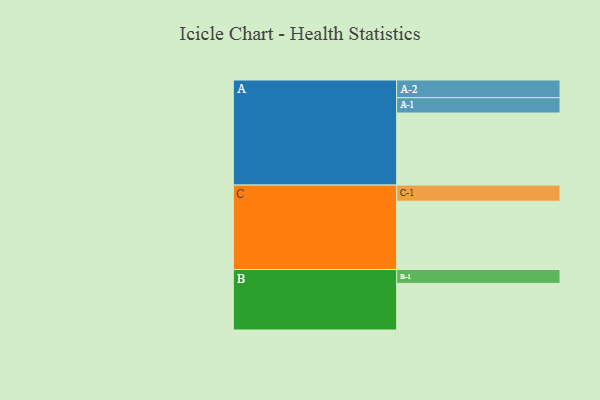
{"axis": {"x": "Segment", "y": "Value"}, "legend": ["", "A", "B", "C"], "data": [{"x": "A", "y": 509, "type": ""}, {"x": "B", "y": 329, "type": ""}, {"x": "C", "y": 482, "type": ""}, {"x": "A-1", "y": 108, "type": "A"}, {"x": "A-2", "y": 125, "type": "A"}, {"x": "B-1", "y": 98, "type": "B"}, {"x": "C-1", "y": 114, "type": "C"}]}